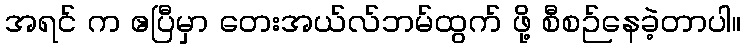
အရင် က ဧပြီမှာ တေးအယ်လ်ဘမ်ထွက် ဖို့ စီစဉ်နေခဲ့တာပါ။